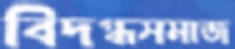
বিদগ্ধসমাজ